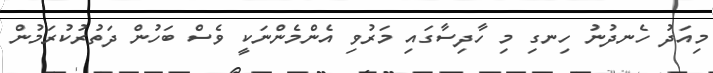
މިއަދު ހެނދުނު ހިނގި މި ހާދިސާގައި މަރުވި އެންމެންނަކީ ވެސް ބަހުން ދަތުރުކުރަމުން